Subject: stat
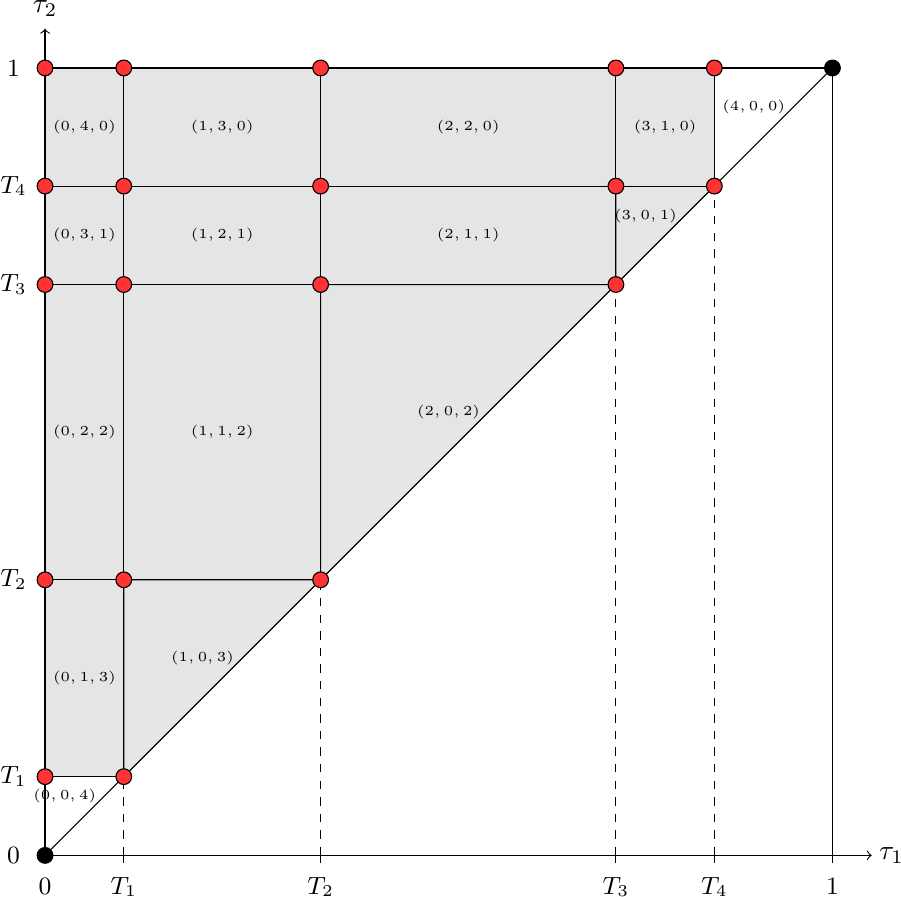
LaTeX code:
\begin{tikzpicture}
\newcommand{\Tmax}{10}
\draw[->] (-0.1, 0) -- (\Tmax+.5, 0);
\draw[->] (0, -0.1) -- (0, \Tmax+.5);
\draw (\Tmax+.75, 0) node {$\tau_1$};
\draw (0, \Tmax+.75) node {$\tau_2$};
\draw[-] (0, 0) -- (\Tmax, \Tmax);
\draw[-] (-0.1, \Tmax) -- (\Tmax, \Tmax);
\draw[-] (\Tmax, -0.1) -- (\Tmax, \Tmax);
\draw (-0.4, 0) node {\small $0$};
\draw (0, -0.4) node {\small $0$};
\draw (-0.4, \Tmax) node {\small $1$};
\draw (\Tmax, -0.4) node {\small $1$};
\newcommand{\Ta}{1}; \newcommand{\Tb}{3.5}; \newcommand{\Tc}{7.25}; \newcommand{\Td}{8.5}
\draw [black, fill=gray!20] (\Ta, \Ta) -- (\Ta, \Tb) -- (\Tb, \Tb) -- cycle;
\draw [black, fill=gray!20] (\Tb, \Tb) -- (\Tb, \Tc) -- (\Tc, \Tc) -- cycle;
\draw [black, fill=gray!20] (\Tc, \Tc) -- (\Tc, \Td) -- (\Td, \Td) -- cycle;
\draw [black, fill=gray!20] (\Ta, \Ta) -- (\Ta, \Tb) -- (0, \Tb) -- (0, \Ta);
\draw [black, fill=gray!20] (\Ta, \Tb) -- (\Ta, \Tc) -- (0, \Tc) -- (0, \Tb);
\draw [black, fill=gray!20] (\Ta, \Tc) -- (\Ta, \Td) -- (0, \Td) -- (0, \Tc);
\draw [black, fill=gray!20] (\Ta, \Td) -- (\Ta, \Tmax) -- (0, \Tmax) -- (0, \Td);
\draw [black, fill=gray!20] (\Tb, \Tb) -- (\Tb, \Tc) -- (0, \Tc) -- (0, \Tb);
\draw [black, fill=gray!20] (\Tb, \Tc) -- (\Tb, \Td) -- (0, \Td) -- (0, \Tc);
\draw [black, fill=gray!20] (\Tb, \Td) -- (\Tb, \Tmax) -- (0, \Tmax) -- (0, \Td);
\draw [black, fill=gray!20] (\Tc, \Tc) -- (\Tc, \Td) -- (0, \Td) -- (0, \Tc);
\draw [black, fill=gray!20] (\Tc, \Td) -- (\Tc, \Tmax) -- (0, \Tmax) -- (0, \Td);
\draw [black, fill=gray!20] (\Td, \Td) -- (\Td, \Tmax) -- (0, \Tmax) -- (0, \Td);
\draw (-0.4, \Ta) node {\small $T_1$}; \draw (\Ta, -0.4) node {\small $T_1$};
\draw[dashed] (\Ta, 0) -- (\Ta, \Ta); \draw[-] (0, \Ta) -- (\Ta, \Ta); \draw[-] (\Ta, -0.1) -- (\Ta, 0); \draw[-] (\Ta, \Ta) -- (\Ta, \Tmax);
\draw (-0.4, \Tb) node {\small $T_2$}; \draw (\Tb, -0.4) node {\small $T_2$};
\draw[dashed] (\Tb, 0) -- (\Tb, \Tb); \draw[-] (0, \Tb) -- (\Tb, \Tb); \draw[-] (\Tb, -0.1) -- (\Tb, 0); \draw[-] (\Tb, \Tb) -- (\Tb, \Tmax);
\draw (-0.4, \Tc) node {\small $T_3$}; \draw (\Tc, -0.4) node {\small $T_3$};
\draw[dashed] (\Tc, 0) -- (\Tc, \Tc); \draw[-] (0, \Tc) -- (\Tc, \Tc); \draw[-] (\Tc, -0.1) -- (\Tc, 0); \draw[-] (\Tc, \Tc) -- (\Tc, \Tmax);
\draw (-0.4, \Td) node {\small $T_4$}; \draw (\Td, -0.4) node {\small $T_4$};
\draw[dashed] (\Td, 0) -- (\Td, \Td); \draw[-] (0, \Td) -- (\Td, \Td); \draw[-] (\Td, -0.1) -- (\Td, 0); \draw[-] (\Td, \Td) -- (\Td, \Tmax);
\newcommand{\diagvshift}{.5}
\newcommand{\diaghshift}{.25}
\draw (\Ta/2-\diaghshift, \Ta/2+\diaghshift) node {\tiny $(0, 0, 4)$};
\draw (\Ta/2+\Tb/2-\diaghshift, \Ta/2+\Tb/2+\diaghshift) node {\tiny $(1, 0, 3)$};
\draw (\Tb/2+\Tc/2-\diaghshift, \Tb/2+\Tc/2+\diaghshift) node {\tiny $(2, 0, 2)$};
\draw (\Tc/2+\Td/2-\diaghshift, \Tc/2+\Td/2+\diaghshift) node {\tiny $(3, 0, 1)$};
\draw (\Td/2+\Tmax/2-\diaghshift, \Td/2+\Tmax/2+\diaghshift) node {\tiny $(4, 0, 0)$};
\draw (\Ta/2, \Ta/2+\Tb/2) node {\tiny $(0, 1, 3)$};
\draw (\Ta/2, \Tb/2+\Tc/2) node {\tiny $(0, 2, 2)$};
\draw (\Ta/2, \Tc/2+\Td/2) node {\tiny $(0, 3, 1)$};
\draw (\Ta/2, \Td/2+\Tmax/2) node {\tiny $(0, 4, 0)$};
\draw (\Ta/2+\Tb/2, \Tb/2+\Tc/2) node {\tiny $(1, 1, 2)$};
\draw (\Ta/2+\Tb/2, \Tc/2+\Td/2) node {\tiny $(1, 2, 1)$};
\draw (\Ta/2+\Tb/2, \Td/2+\Tmax/2) node {\tiny $(1, 3, 0)$};
\draw (\Tb/2+\Tc/2, \Tc/2+\Td/2) node {\tiny $(2, 1, 1)$};
\draw (\Tb/2+\Tc/2, \Td/2+\Tmax/2) node {\tiny $(2, 2, 0)$};
\draw (\Tc/2+\Td/2, \Td/2+\Tmax/2) node {\tiny $(3, 1, 0)$};
\draw[black, fill=red!80]  (0, \Ta) circle (0.1);
\draw[black, fill=red!80]  (0, \Tb) circle (0.1);
\draw[black, fill=red!80]  (0, \Tc) circle (0.1);
\draw[black, fill=red!80]  (0, \Td) circle (0.1);
\draw[black, fill=red!80]  (0, \Tmax) circle (0.1);
\draw[black, fill=red!80]  (\Ta, \Ta) circle (0.1);
\draw[black, fill=red!80]  (\Ta, \Tb) circle (0.1);
\draw[black, fill=red!80]  (\Ta, \Tc) circle (0.1);
\draw[black, fill=red!80]  (\Ta, \Td) circle (0.1);
\draw[black, fill=red!80]  (\Ta, \Tmax) circle (0.1);
\draw[black, fill=red!80]  (\Tb, \Tb) circle (0.1);
\draw[black, fill=red!80]  (\Tb, \Tc) circle (0.1);
\draw[black, fill=red!80]  (\Tb, \Td) circle (0.1);
\draw[black, fill=red!80]  (\Tb, \Tmax) circle (0.1);
\draw[black, fill=red!80]  (\Tc, \Tc) circle (0.1);
\draw[black, fill=red!80]  (\Tc, \Td) circle (0.1);
\draw[black, fill=red!80]  (\Tc, \Tmax) circle (0.1);
\draw[black, fill=red!80]  (\Td, \Td) circle (0.1);
\draw[black, fill=red!80]  (\Td, \Tmax) circle (0.1);
\draw[black, fill=black]  (0, 0) circle (0.1);
\draw[black, fill=black]  (\Tmax, \Tmax) circle (0.1);
\end{tikzpicture}